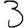
Digit: 3